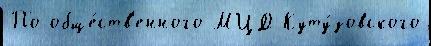
По обще́ств'енного МЦД Куту́зовского